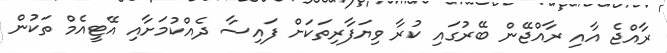
ރާއްޖެ އާއި ރާއްޖޭން ބޭރުގައި ކުރާ ވިޔަފާރިތަކަށް ފައިސާ ދެއްކުމަށާއި އޭޓީއެމް ތަކުން